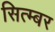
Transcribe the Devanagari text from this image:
सित्म्बर